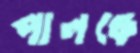
পালঙ্কে